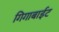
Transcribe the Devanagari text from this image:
गिगाबाईट